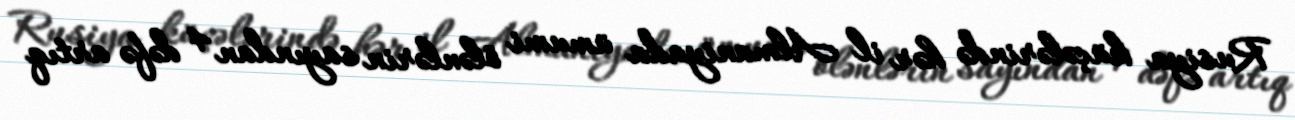
Rusiya küçələrində hər il Almaniyada ümumi ölənlərin sayından 4 dəfə artıq